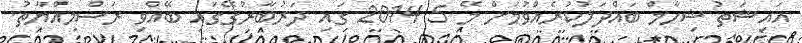
އައިޝަތު ޝިހާމް ބައްދަލުކުރެއްވުމަށް މޭ 5 2014 ގައި ދަރުބާރުގޭގައި ބޭއްވި ރަސްމިއްޔާތު.